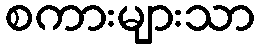
စကားများသာ